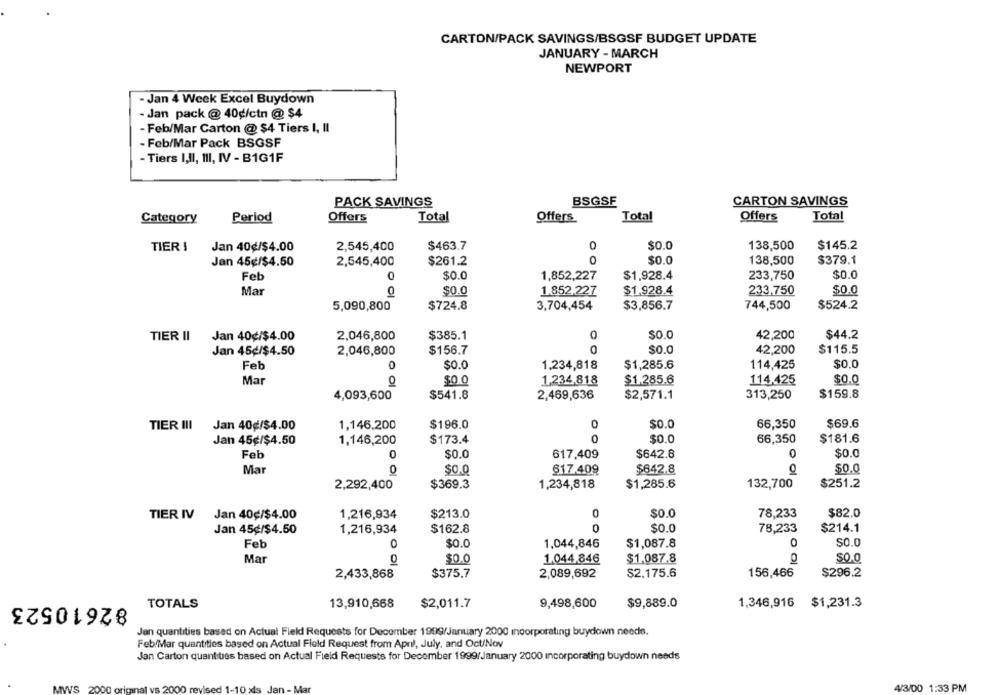
CARTON/PACK SAVINGS/BSGSF BUDGET UPDATE
JANUARY - MARCH
NEWPORT
- Jan 4 Week Excel Buydown
- Jan pack @ 40g/ctn @$4
- Feb/Mar Carton @ $4 Tiers I, II
- Feb/Mar Pack BSGSF
- Tiers I,II, III, IV - B1G1F
BSGSF
PACK SAVINGS
CARTON SAVINGS
Total
Category
Period
Offers
Total
Offers
Offers
Total
TIER !
Jan 40¢/$4.00
2,545,400
$463.7
$0.0
138,500
$145.2
Jan 45¢/$4.50
2,545,400
$261.2
$0.0
138,500
$379.1
Feb
$0.0
1,852,227
$1,928.4
233,750
$0.0
Mar
$0.0
1.852,227
$1,928.4
233,750
$0.0
$724.8
$3,856.7
744,500
$524.2
5,090,800
3,704,454
0
$0.0
TIER II
Jan 40¢/$4.00
2,046,800
$385.1
42,200
$44.2
Jan 45¢/$4.50
2,046,800
$156.7
$0.0
42,200
$115.5
Feb
$0.0
1.234,818
$1,285.6
114,425
$0.0
Mar
$0.0
1,234,818
$1.285.6
114,425
$0.0
O OI
4,093,600
$541.8
2,469,636
$2,571.1
313,250
$159.8
$196.0
0
$0.0
$69.6
TIER III
Jan 40¢/$4.00
1,146,200
66,350
0
Jan 45¢/$4.50
1,146,200
$173.4
$0.0
66,350
$181.6
Feb
0
$0.0
617,409
$642.8
$0.0
Mar
0
$0.0
617.409
$642.8
o ol
$0.0
2,292,400
$369.3
1,234,818
$1,285.6
132,700
$251.2
0
$0.0
78,233
$82.0
TIER IV
Jan 40¢/$4.00
1,216,934
$213.0
0
78,233
$214.1
Jan 45¢/$4.50
1,216,934
$162.8
$0.0
0
Feb
$0.0
1.044,846
$1,087.8
$0.0
Mar
0
$0.0
1.044,846
$1.087.8
0
$0.0
2,433,868
$375.7
2,089,692
$2,175.6
156,466
$296.2
82610523
TOTALS
13,910,668
$2,011.7
9,498,600
$9,889.0
1,346,916 $1,231.3
Jan quantities based on Actual Field Requests for December 1999/January 2000 incorporating buydown neede.
Feb/Mar quantities based on Actual Field Request from April, July, and Oct/Nov
Jan Carton quantities based on Actual Field Requests for December 1999/January 2000 incorporating buydown needs
IWS
4/3/00 1:33 PM